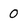
Character: 0